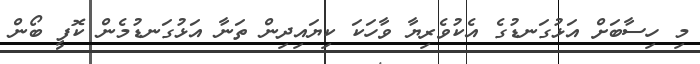
މި ހިސާބަށް އަޅުގަނޑުގެ އެކުވެރިޔާ ވާހަކަ ކިޔައިދިން ތަނާ އަޅުގަނޑުމެން ކޮފީ ބޯން